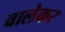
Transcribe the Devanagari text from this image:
वालेकर